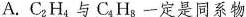
A.$$C _ { 2 } H _ { 4 }$$与$$C _ { 4 } H _ { 8 }$$一定是同系物